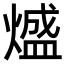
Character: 𭵵